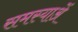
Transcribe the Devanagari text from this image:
समस्याअें